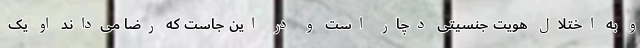
و به اختلال هویت جنسیتی دچار است و در این جاست که رضا می‌داند او یک